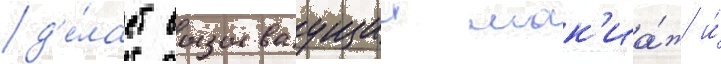
д'е́лает вызываущии мак'иа́ж и́